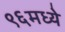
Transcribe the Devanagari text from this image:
९६मध्ये